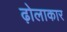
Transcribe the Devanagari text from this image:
ढ़ोलाकार